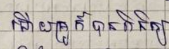
ហើយគ្រូក៏បានពិនិត្យ